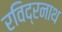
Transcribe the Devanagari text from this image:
रविद्रनाथ